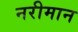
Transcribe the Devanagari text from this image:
नरीमान